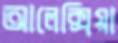
আলেক্সিয়া